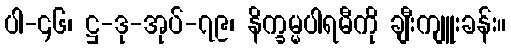
ပါ-၄၆၊ ဋ္ဌ-ဒု-အုပ်-၇၉၊ နိက္ခမ္မပါရမီကို ချီးကျူးခန်း။